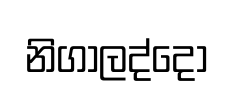
නිගාලද්දෝ